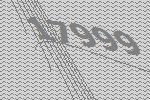
17999